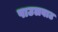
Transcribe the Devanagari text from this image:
पाउलवाट